Scottish Leaving Certificate Examination, 1951
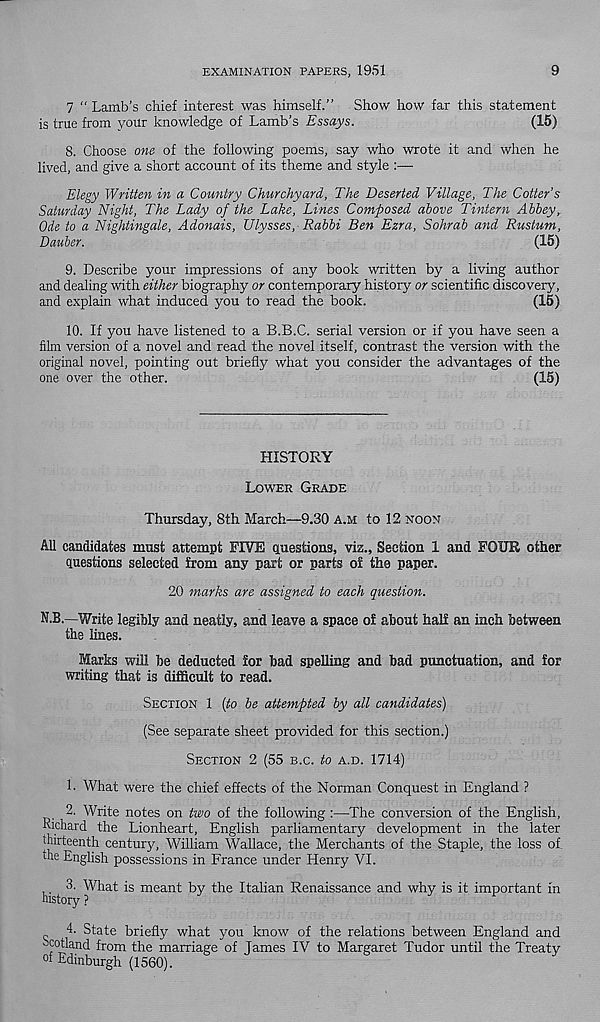
EXAMINATION PAPERS, 1951
9
7 “ Lamb’s chief interest was himself.” Show how far this statement
is true from your knowledge of Lamb’s Essays.
(15)
8. Choose one of the following poems, say who wrote it and when he
lived, and give a short account of its theme and style :—
Elegy Written in a Country Churchyard, The Deserted Village, The Cotter's
Saturday Night, The Lady of the Lake, Lines Composed above Tintern Abbey,
Ode to a Nightingale, Adonais, Ulysses, Rabbi Ben Ezra, Sohrab and Rustum,
Dauber.
(15)
9. Describe your impressions of any book written by a living author
and dealing with either biography or contemporary history or scientific discovery,
and explain what induced you to read the book.
(15)
10. If you have listened to a B.B.C. serial version or if you have seen a
film version of a novel and read the novel itself, contrast the version with the
original novel, pointing out briefly what you consider the advantages of the
one over the other.
(15)
HISTORY
LOWER GRADE
Thursday, 8th March—9.30 A.M to 12 NOON
All candidates must attempt FIVE questions, viz.. Section 1 and FOUR other
questions selected from any part or parts of the paper.
20 marks are assigned to each question.
N.B.—Write legibly and neatly, and leave a space of about half an inch between
the lines.
Marks will be deducted for bad spelling and bad punctuation, and for
writing that is difficult to read.
SECTION 1 (to be attempted by all candidates)
(See separate sheet provided for this section.)
SECTION 2 (55 B.C. to A.D. 1714)
1. What were the chief effects of the Norman Conquest in England ?
2. Write notes on two of the following :—The conversion of the English,
Richard the Lionheart, English parliamentary development in the later
thirteenth century, William Wallace, the Merchants of the Staple, the loss of
the English possessions in France under Henry VI.
^ 3. What is meant by the Italian Renaissance and why is it important in
4. State briefly what you know of the relations between England and
Scotland from the marriage of Tames IV to Margaret Tudor until the Treaty
Edinburgh (1560).